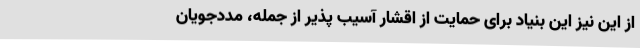
از این نیز این بنیاد برای حمایت از اقشار آسیب پذیر از جمله، مددجویان